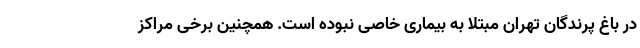
در باغ پرندگان تهران مبتلا به بیماری خاصی نبوده است. همچنین برخی مراکز